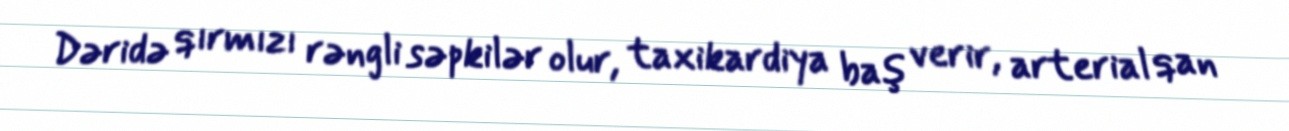
Dəridə qırmızı rəngli səpkilər olur, taxikardiya baş verir, arterial qan